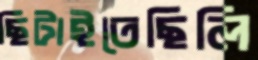
ছিটাইতেছিলি